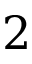
2